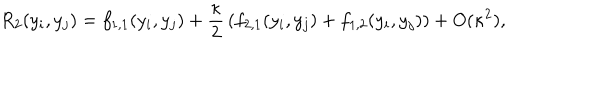
LaTeX: R _ { 2 } ( y _ { i } , y _ { j } ) = f _ { 1 , 1 } ( y _ { i } , y _ { j } ) + { \frac { \kappa } { 2 } } \left( f _ { 2 , 1 } ( y _ { i } , y _ { j } ) + f _ { 1 , 2 } ( y _ { i } , y _ { j } ) \right) + O ( \kappa ^ { 2 } ) ,